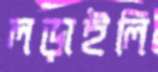
লড়াইলি